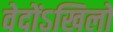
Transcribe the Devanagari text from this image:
वेदोंऽखिलो